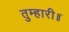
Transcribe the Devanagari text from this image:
तुम्हारी॥